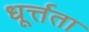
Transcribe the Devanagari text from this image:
धूर्त्तता